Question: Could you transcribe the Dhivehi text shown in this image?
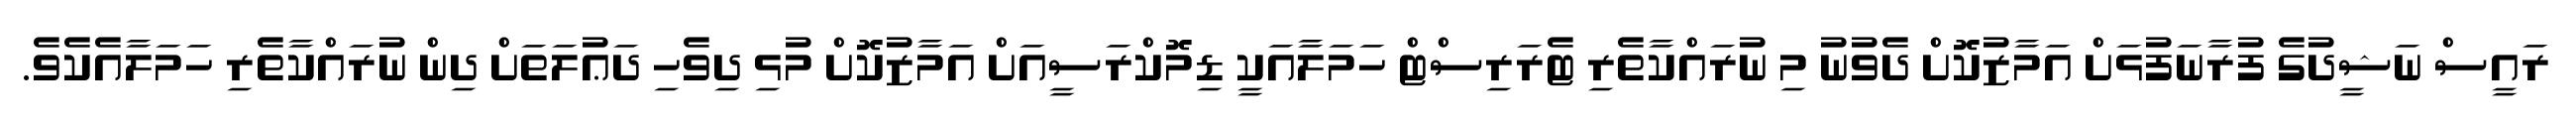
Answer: ރައީސް ނަޝީދުގެ ފުރާނަފުޅަށް އަމާޒުކޮށް ދެވުނު މި ނުރައްކާތެރި ޓެރަރިސްޓް ހަމަލާއަކީ ޑިމޮކްރަސީއަށް އަމާޒުކޮށް މުޅި ދިވެހި ދަޢުލަތަށް ދިން ނުރައްކާތެރި ހަމަލާއެކެވެ.